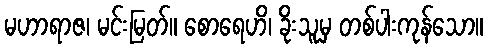
မဟာရာဇ၊ မင်းမြတ်။ စောရေဟိ၊ ခိုးသူမှ တစ်ပါးကုန်သော။